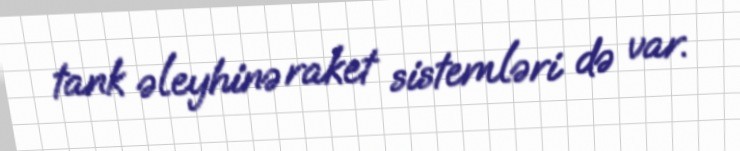
tank əleyhinə raket sistemləri də var.